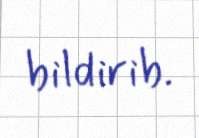
bildirib.